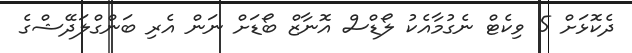
ދެކޮޅަށް 5 ވިކެޓް ނެގުމާއެކު ލޯޑްސް އޮނާޒް ބޯޑަށް ނަން އެރި ބަންގްލަދޭޝްގެ